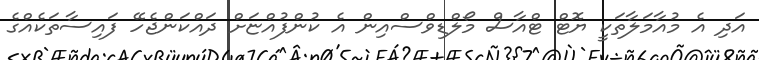
އަދި އެ މުއާމަލާތަކީ ޔޮޓް ޓްއާސް މޯލްޑިވްސްއިން އެ ކުންފުއްޏަށް ދައްކަންޖެހޭ ފައިސާތަކެއްގެ